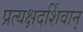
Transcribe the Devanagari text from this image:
प्रत्यक्षदर्शिवान्